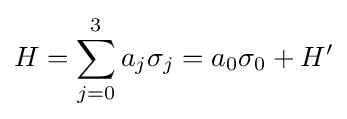
H=\sum \limits _{j=0}^{3}a_{j}\sigma _{j}=a_{0}\sigma _{0}+H'